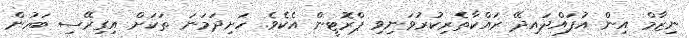
ނިޒާމް އިން އުފައްދައިދޭ ރައްކާތެރިކުރުވަނިވި ޕްރޮޓީން އެކެވެ. ހަށިދަމަނަ ތަކަށް އިގިރޭސި ބަހުން